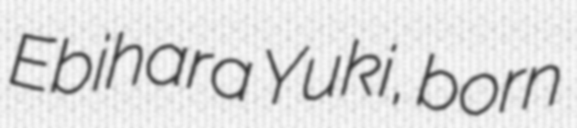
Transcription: Ebihara Yuki, born